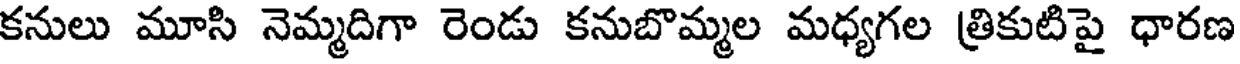
కనులు మూసి నెమ్మదిగా రెండు కనుబొమ్మల మధ్యగల త్రికుటిపై ధారణ